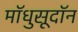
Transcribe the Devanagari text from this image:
मॉधुसूदॉन